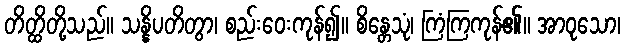
တိတ္ထိတို့သည်။ သန္နိပတိတွာ၊ စည်းဝေးကုန်၍။ စိန္တေသုံ၊ ကြံကြကုန်၏။ အာဝုသော၊